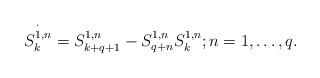
LaTeX: \begin{align*} \overset \cdot {S_k^{1,n}}=S_{k+q+1}^{1,n}-S_{q+n}^{1,n}S_k^{1,n};n=1,\dots,q.\end{align*}